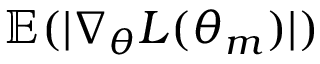
\mathbb { E } ( | \nabla _ { \theta } L ( \theta _ { m } ) | )